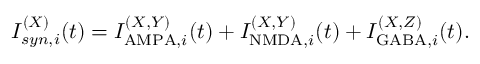
I _ { s y n , i } ^ { ( X ) } ( t ) = I _ { \mathrm { A M P A } , i } ^ { ( X , Y ) } ( t ) + I _ { \mathrm { N M D A } , i } ^ { ( X , Y ) } ( t ) + I _ { \mathrm { G A B A } , i } ^ { ( X , Z ) } ( t ) .